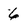
Character: 6